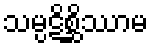
သမ္ပဋိစ္ဆိဿာမ